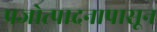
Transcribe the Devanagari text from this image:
प्रजोत्पादनापासून